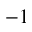
^ { - 1 }